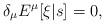
LaTeX: \begin{align*}\delta_\mu E^\mu[\xi|s] = 0,\end{align*}